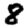
Digit: 8